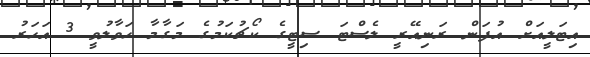
އިޓަލީއަށް އުފަން ރަނިއޭރީ ލެސްޓަ ސިޓީގެ ކޯޗުކަމުގެ މަގާމާ ހަވާލުވީ 3 އަހަރު